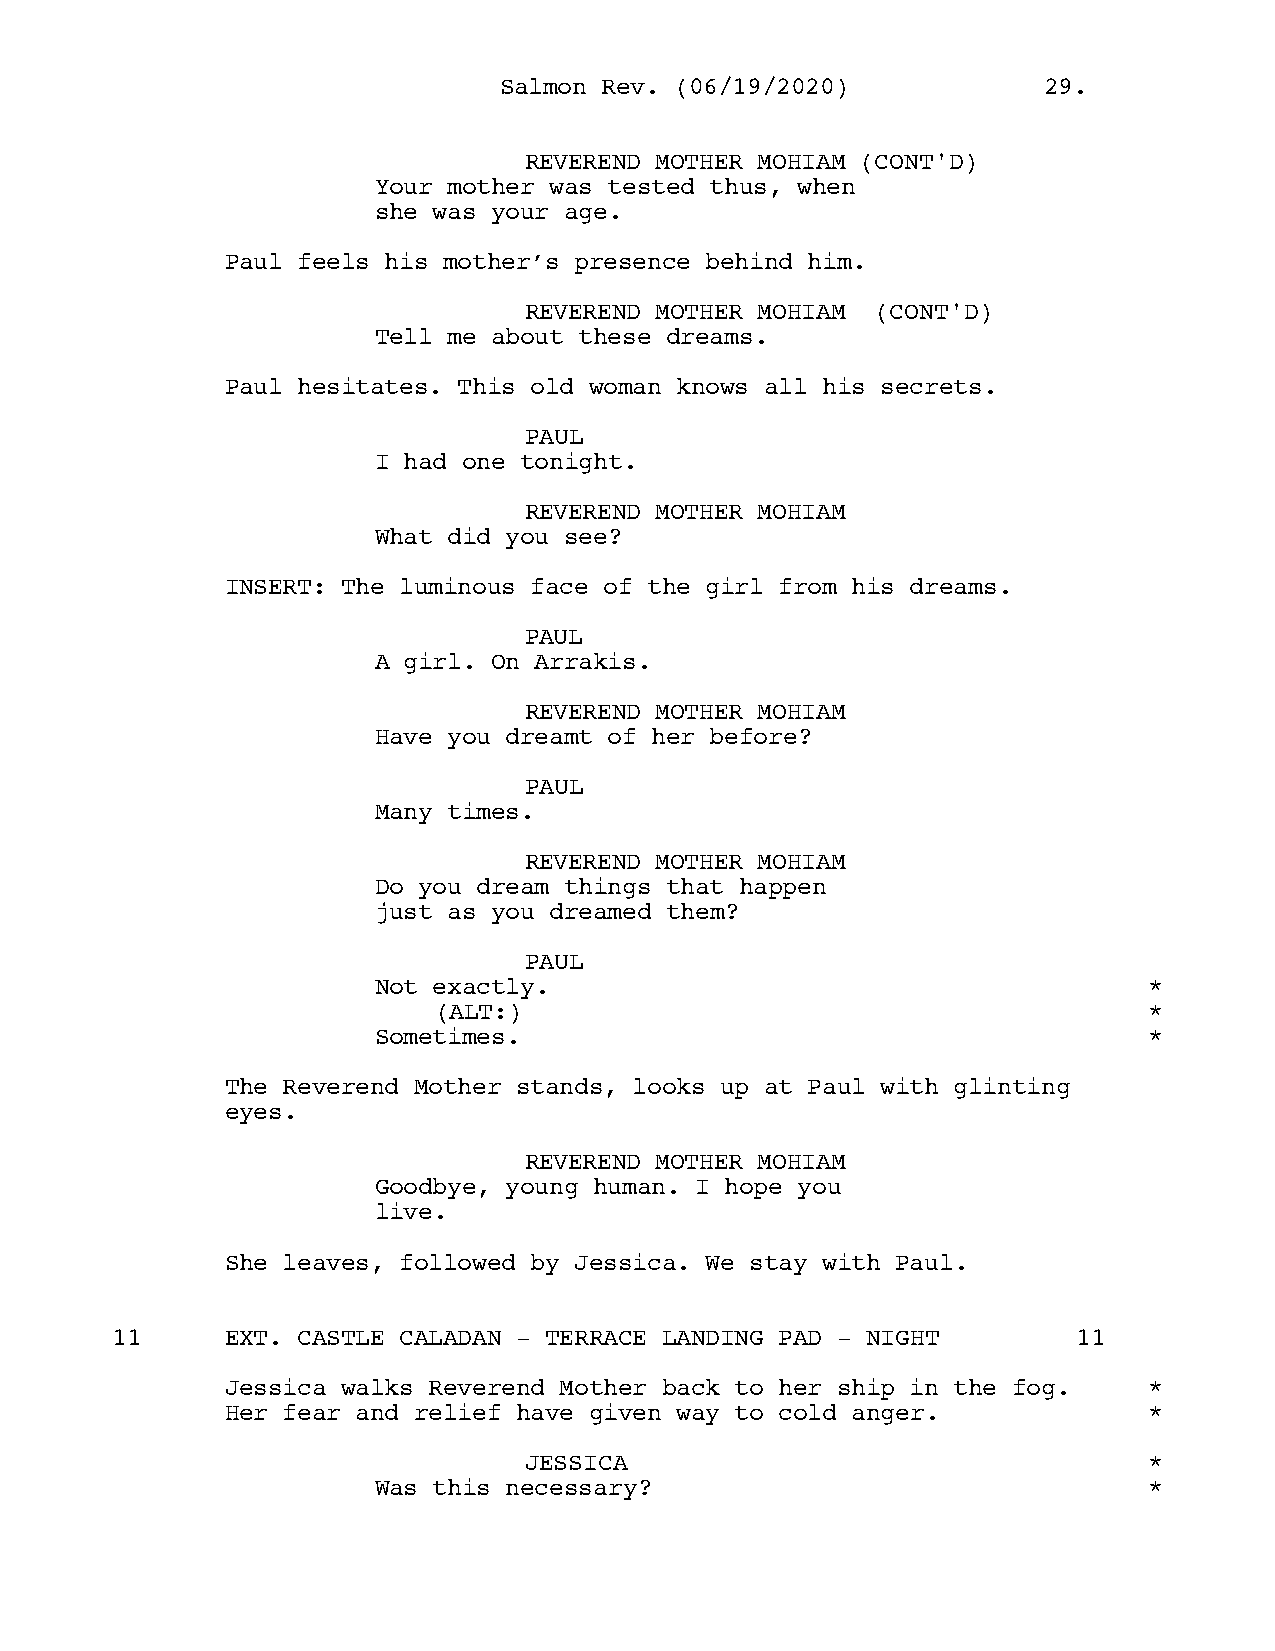
SSaallmmoonn RReevv.. ((0066//1199//22002200)) 2299..
 REVEREND MOTHER MOHIAM (CONT'D)
 Your mother was tested thus, when
 she was your age.
 Paul feels his mother’s presence behind him.
 REVEREND MOTHER MOHIAM (CONT'D)
 Tell me about these dreams.
 Paul hesitates. This old woman knows all his secrets.
 PAUL
 I had one tonight.
 REVEREND MOTHER MOHIAM
 What did you see?
 INSERT: The luminous face of the girl from his dreams.
 PAUL
 A girl. On Arrakis.
 REVEREND MOTHER MOHIAM
 Have you dreamt of her before?
 PAUL
 Many times.
 REVEREND MOTHER MOHIAM
 Do you dream things that happen
 just as you dreamed them?
 PAUL
 Not exactly.                                       *
 (ALT:)                                         *
 Sometimes.                                         *
 The Reverend Mother stands, looks up at Paul with glinting
 eyes.
 REVEREND MOTHER MOHIAM
 Goodbye, young human. I hope you
 live.
 She leaves, followed by Jessica. We stay with Paul.
 11      EXT. CASTLE CALADAN - TERRACE LANDING PAD - NIGHT       11
 Jessica walks Reverend Mother back to her ship in the fog.   *
 Her fear and relief have given way to cold anger.            *
 JESSICA                                  *
 Was this necessary?                                *